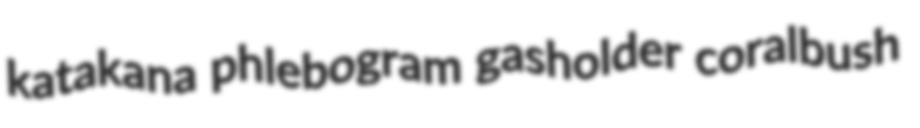
katakana phlebogram gasholder coralbush